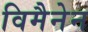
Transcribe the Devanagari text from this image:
विमैनेन